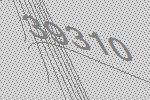
39310